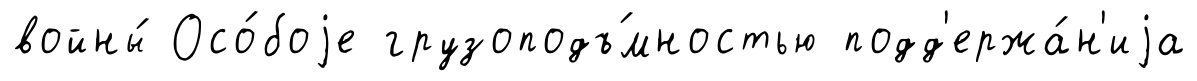
войны́ Осо́боjе грузоподъ́мностью подд'ержа́н'иjа